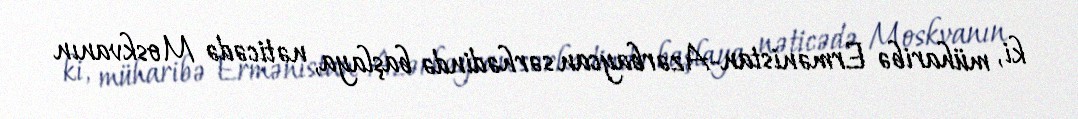
ki, müharibə Ermənistan-Azərbaycan sərhədində başlaya, nəticədə Moskvanın